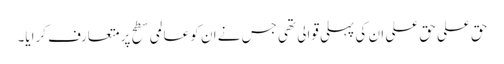
حق علی حق علی ان کی پہلی قوالی تھی جس نے ان کو عالمی سطح پر متعارف کرایا۔